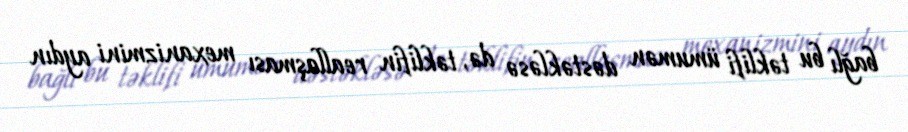
bağlı bu təklifi ümumən dəstəkləsə də, təklifin reallaşması mexanizmini aydın